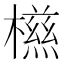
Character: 𣜑